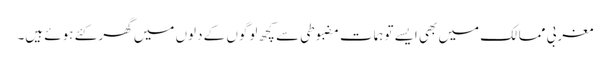
مغربی ممالک میں بھی ایسے توہمات مضبوطی سے کچھ لوگوں کے دلوں میں گھر کئے ہوئے ہیں۔